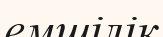
емшілік